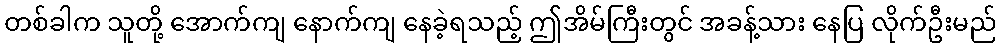
တစ်ခါက သူတို့ အောက်ကျ နောက်ကျ နေခဲ့ရသည့် ဤအိမ်ကြီးတွင် အခန့်သား နေပြ လိုက်ဦးမည်